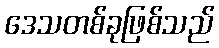
ဒေသတစ်ခုဖြစ်သည်